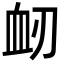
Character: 衂